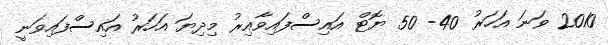
2010 ވަނަ އަހަރު 40- 50 ޔޮޓް އައިސްފައިވާއިރު މިދިޔަ އަހަރު އައިސްފައިވަނީ